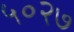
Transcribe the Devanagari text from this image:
५०२७